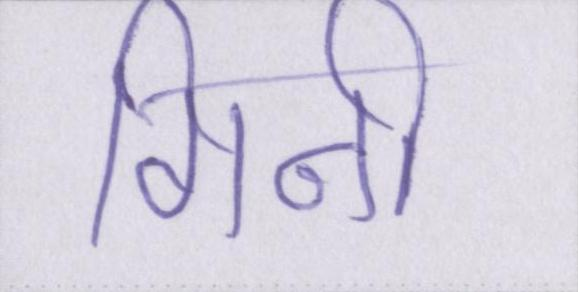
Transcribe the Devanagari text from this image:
गिनी